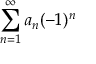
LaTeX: \sum _ { n = 1 } ^ { \infty } a _ { n } ( - 1 ) ^ { n }